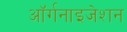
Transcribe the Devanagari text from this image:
आॅर्गनाइजेशन